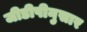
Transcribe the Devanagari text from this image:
जीडीपीनुसार